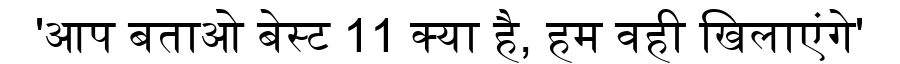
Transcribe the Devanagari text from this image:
'आप बताओ बेस्ट 11 क्या है, हम वही खिलाएंगे'